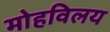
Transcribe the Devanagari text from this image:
मोहविलय